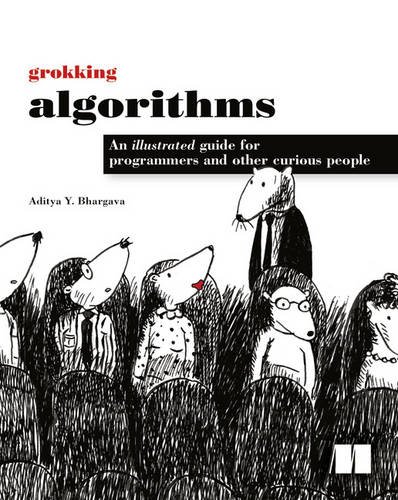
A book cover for Grokking Algorithms: An illustrated guide for programmers and other curious people; Aditya Bhargava; Computers & Technology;